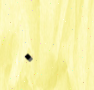
٠